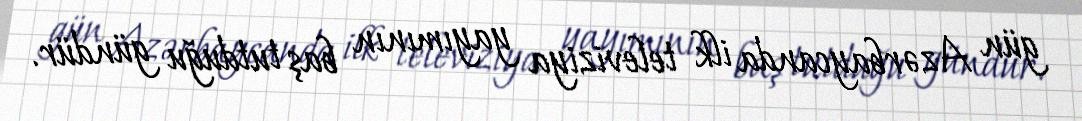
gün Azərbaycanda ilk televiziya yayımının baş tutduğu gündür.